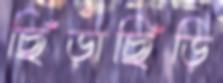
ছিঁড়াছিঁড়ি